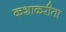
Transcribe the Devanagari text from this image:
कशाकरीता